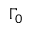
\Gamma _ { 0 }